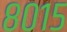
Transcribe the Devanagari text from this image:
८०१५